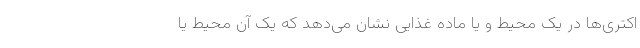
اکتری‌ها در یک محیط و یا ماده غذایی نشان‌ می‌دهد که یک آن محیط یا